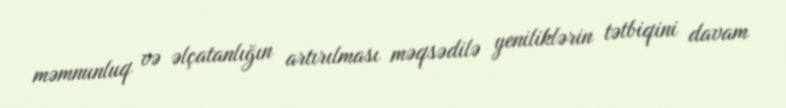
məmnunluq və əlçatanlığın artırılması məqsədilə yeniliklərin tətbiqini davam